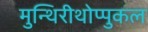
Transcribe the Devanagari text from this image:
मुन्थिरीथोप्पुकल